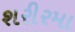
શરીરમા